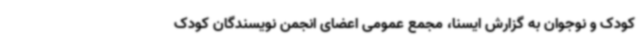
کودک و نوجوان به گزارش ایسنا، مجمع عمومی اعضای انجمن نویسندگان کودک